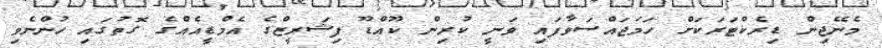
މެނޭޖިން ޑިރެކްޓަރަކަށް ހަމަޖައްސަވާފައި ވަނީ ކުރިން ކޫއްޑޫ ފިޝަރީޒްގެ އެމްޑީއެއްގެ ގޮތުގައި ހުންނެވި